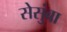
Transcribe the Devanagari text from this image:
सेसुंबा